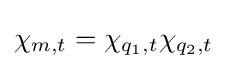
\chi _{m,t}=\chi _{q_{1},t}\chi _{q_{2},t}